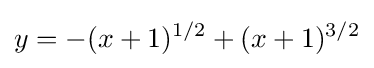
y=-(x+1)^{1/2}+(x+1)^{3/2}